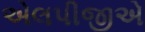
એલપીજીએ